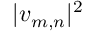
| v _ { m , n } | ^ { 2 }